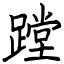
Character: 蹚